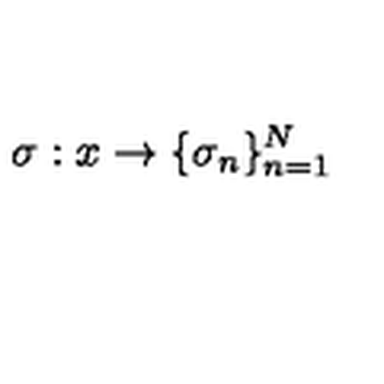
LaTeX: \sigma : x \to \{ \sigma _ { n } \} _ { n = 1 } ^ { N }